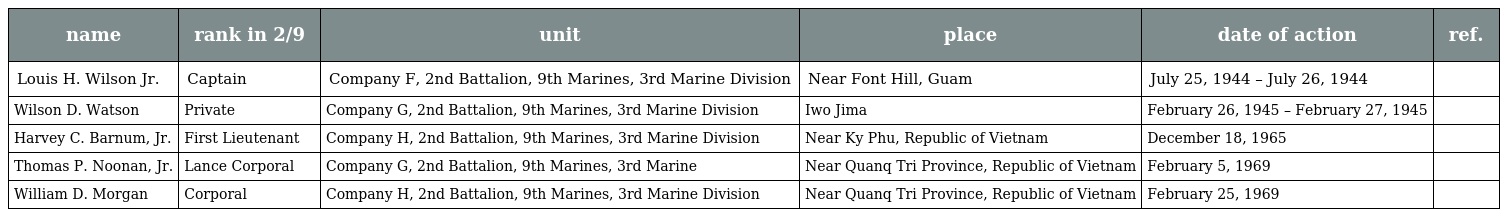
| name | rank in 2/9 | unit | place | date of action | ref. |
 | --- | --- | --- | --- | --- | --- |
 | Louis H. Wilson Jr. | Captain | Company F, 2nd Battalion, 9th Marines, 3rd Marine Division | Near Font Hill, Guam | July 25, 1944 – July 26, 1944 |  |
 | Wilson D. Watson | Private | Company G, 2nd Battalion, 9th Marines, 3rd Marine Division | Iwo Jima | February 26, 1945 – February 27, 1945 |  |
 | Harvey C. Barnum, Jr. | First Lieutenant | Company H, 2nd Battalion, 9th Marines, 3rd Marine Division | Near Ky Phu, Republic of Vietnam | December 18, 1965 |  |
 | Thomas P. Noonan, Jr. | Lance Corporal | Company G, 2nd Battalion, 9th Marines, 3rd Marine | Near Quanq Tri Province, Republic of Vietnam | February 5, 1969 |  |
 | William D. Morgan | Corporal | Company H, 2nd Battalion, 9th Marines, 3rd Marine Division | Near Quanq Tri Province, Republic of Vietnam | February 25, 1969 |  |